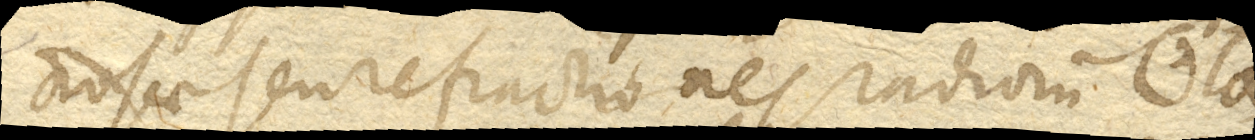
nosae seu refractiones radiorum [sun] la-